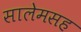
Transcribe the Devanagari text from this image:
सालेमसह